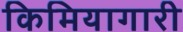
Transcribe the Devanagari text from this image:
किमियागारी